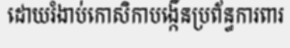
ដោយរំងាប់កោសិកាបង្កើនប្រព័ន្ធការពារ